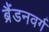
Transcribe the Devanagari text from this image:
ब्रैंडनवर्ग